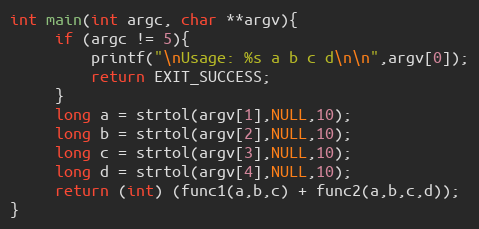
Language: C
int main(int argc, char **argv){
     if (argc != 5){
         printf("\nUsage: %s a b c d\n\n",argv[0]);
         return EXIT_SUCCESS;
     }
     long a = strtol(argv[1],NULL,10);
     long b = strtol(argv[2],NULL,10);
     long c = strtol(argv[3],NULL,10);
     long d = strtol(argv[4],NULL,10);
     return (int) (func1(a,b,c) + func2(a,b,c,d));
}